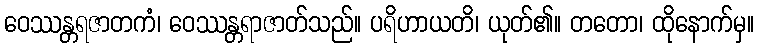
ဝေဿန္တရဇာတကံ၊ ဝေဿန္တရာဇာတ်သည်။ ပရိဟာယတိ၊ ယုတ်၏။ တတော၊ ထိုနောက်မှ။